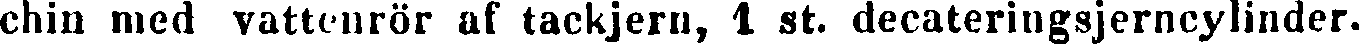
chin med vattenrör af tackjern, 1 st. decateringsjerncylinder.